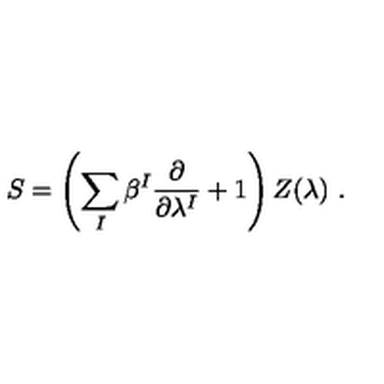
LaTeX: S = \left( \sum _ { I } \beta ^ { I } \frac { \partial } { \partial \lambda ^ { I } } + 1 \right) Z ( \lambda ) \ .